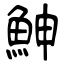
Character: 鰰